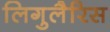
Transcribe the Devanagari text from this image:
लिगुलैरिस